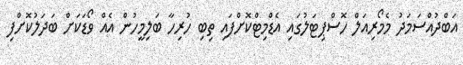
އަބްދުއްސަމަދު މެމޯރިއަލް ހޮސްޕިޓަލުގައި އެޑްމިޓްކޮށްފައި ތިބި ހުރިހާ ބަލިމީހުން އެއް ވޯޑަކަށް ބަދަލުކޮށްފި